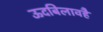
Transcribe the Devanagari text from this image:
ऊदबिलावहै